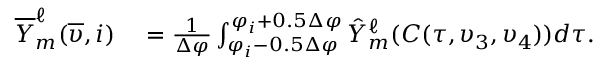
\begin{array} { r l } { \overline { { Y } } _ { m } ^ { \ell } ( \overline { { \upsilon } } , i ) } & { { } = \frac { 1 } { \Delta \varphi } \int \displaylimits _ { \varphi _ { i } - 0 . 5 \Delta \varphi } ^ { \varphi _ { i } + 0 . 5 \Delta \varphi } \hat { Y } _ { m } ^ { \ell } ( C ( \tau , \upsilon _ { 3 } , \upsilon _ { 4 } ) ) d \tau . } \end{array}